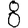
Digit: 8